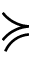
\succcurlyeq